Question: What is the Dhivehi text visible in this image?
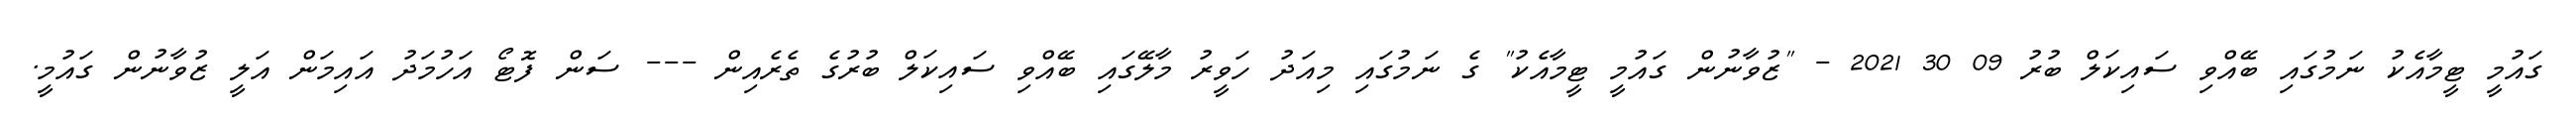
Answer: ގައުމީ ޓީމާއެކު ނަމުގައި ބޭއްވި ސައިކަލް ބުރު 09 30 2021 - "ޒުވާނުން ގައުމީ ޓީމާއެކު" ގެ ނަމުގައި މިއަދު ހަވީރު މާލޭގައި ބޭއްވި ސައިކަލް ބުރުގެ ތެރެއިން --- ސަން ފޮޓޯ އަހުމަދު އައިމަން އަލީ ޒުވާނުން ގައުމީ.